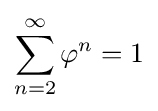
\sum _{n=2}^{\infty }\varphi ^{n}=1